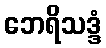
ဘေရိသဒ္ဒံ